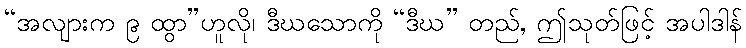
“အလျားက ၉ ထွာ”ဟူလို၊ ဒီဃသောကို “ဒီဃ” တည်, ဤသုတ်ဖြင့် အပါဒါန်